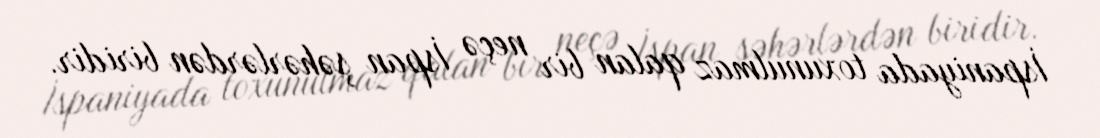
İspaniyada toxunulmaz qalan bir neçə İspan şəhərlərdən biridir.